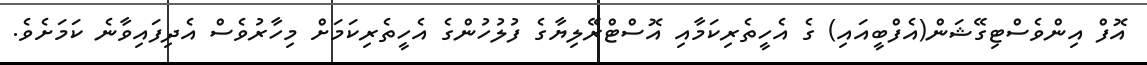
އޮފް އިންވެސްޓިގޭޝަން(އެފްބީއައި) ގެ އެހީތެރިކަމާއި އޮސްޓްރޭލިޔާގެ ފުލުހުންގެ އެހީތެރިކަމަށް މިހާރުވެސް އެދިފައިވާނެ ކަމަށެވެ.